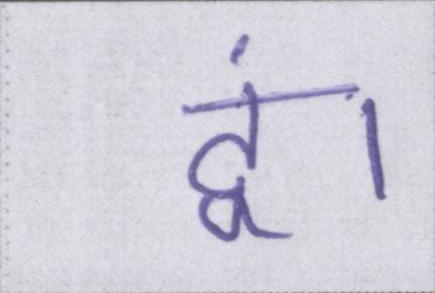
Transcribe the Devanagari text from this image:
दूं।